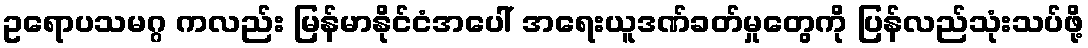
ဥရောပသမဂ္ဂ ကလည်း မြန်မာနိုင်ငံအပေါ် အရေးယူဒဏ်ခတ်မှုတွေကို ပြန်လည်သုံးသပ်ဖို့